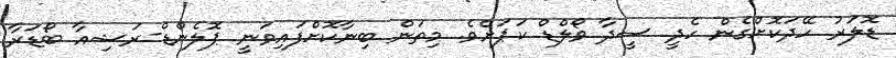
ޑޮލަރު ހޭދަކޮށްގެން ހެދީ ސީދާ ވޯލްޑް ކަޕަށެވެ. މިތަން ބިނާކޮށްފައިވަނީ ޕޮލެންޑް-ރަޝިއާ ބޯޑަރާ